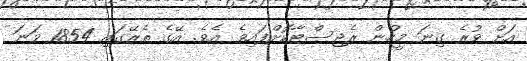
އަށް ވުރެ ގިނަ މީހުން ރެޖިސްޓާކޮށްފައިވެ އެވެ. އޭގެ ތެރޭގައި 1854 ވަނަ